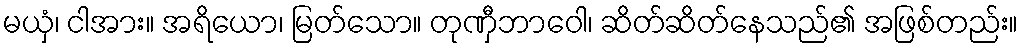
မယှံ၊ ငါအား။ အရိယော၊ မြတ်သော။ တုဏှီဘာဝေါ၊ ဆိတ်ဆိတ်နေသည်၏ အဖြစ်တည်း။